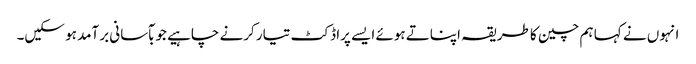
انہوں نے کہا ہم چین کا طریقہ اپناتے ہوئے ایسے پراڈکٹ تیار کرنے چاہیے جو بآسانی برآمد ہو سکیں۔